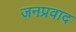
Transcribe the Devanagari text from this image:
जनप्रवाद